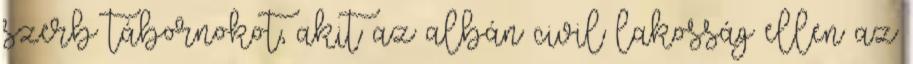
szerb tábornokot, akit az albán civil lakosság ellen az